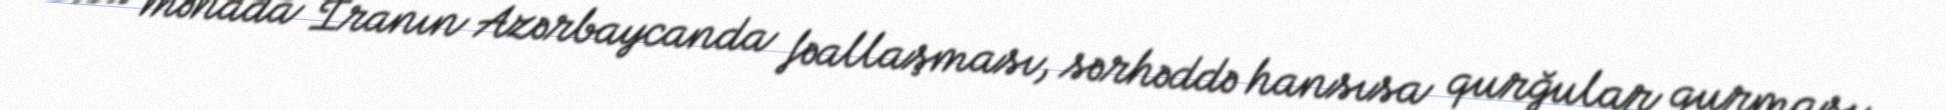
Bu mənada İranın Azərbaycanda fəallaşması, sərhəddə hansısa qurğular qurması